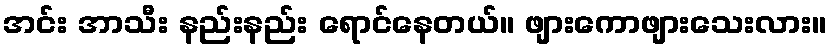
အင်း အာသီး နည်းနည်း ရောင်နေတယ်။ ဖျားကောဖျားသေးလား။